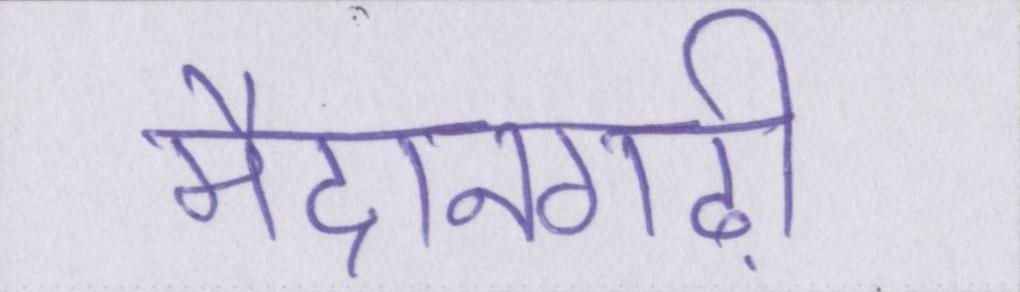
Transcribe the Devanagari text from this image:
मैदानगढ़ी